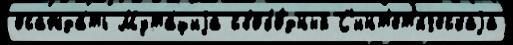
осажда́ть Мута́циjа свобо́дный С'инт'ет'и́ческаjа